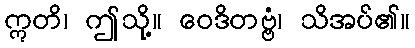
ဣတိ၊ ဤသို့။ ဝေဒိတဗ္ဗံ၊ သိအပ်၏။